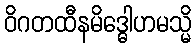
ဝိဂတထီနမိဒ္ဓေါဟမသ္မိ